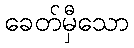
ခေတ်မှီသော